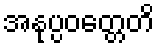
အနုပ္ပဝတ္တေတိ